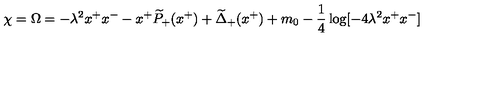
\chi = \Omega = - \lambda ^ { 2 } x ^ { + } x ^ { - } - x ^ { + } \widetilde { P } _ { + } ( x ^ { + } ) + \widetilde { \Delta } _ { + } ( x ^ { + } ) + m _ { 0 } - { \frac { 1 } { 4 } } \log [ - 4 \lambda ^ { 2 } x ^ { + } x ^ { - } ]